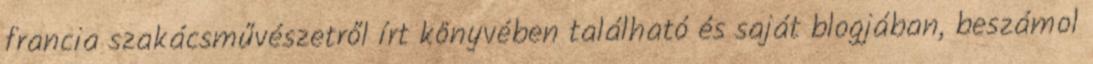
francia szakácsművészetről írt könyvében található és saját blogjában, beszámol